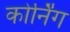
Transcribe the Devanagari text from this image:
कोर्निंग